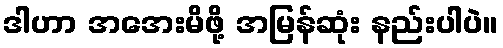
ဒါဟာ အအေးမိဖို့ အမြန်ဆုံး နည်းပါပဲ။